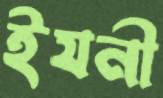
ইযনী